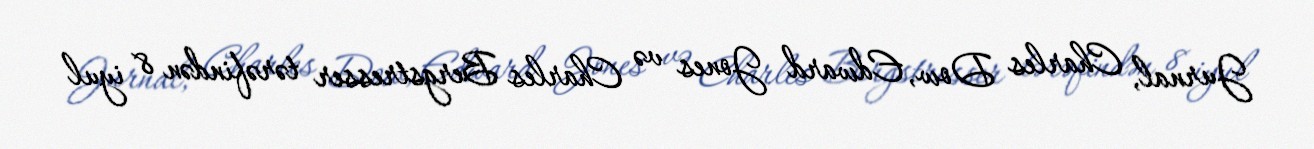
Jurnal, Charles Dow, Edward Jones və Charles Bergstresser tərəfindən 8 iyul